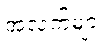
အလက်များ